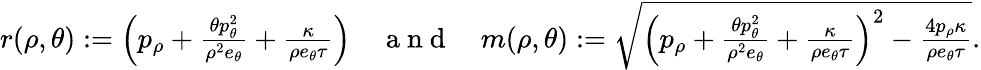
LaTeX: \begin{array}{r}{r(\rho,\theta):=\left(p_{\rho}+\frac{\theta p_{\theta}^{2}}{\rho^{2}e_{\theta}}+\frac{\kappa}{\rho e_{\theta}\tau}\right)\quad\mathrm{~a~n~d~}\quad m(\rho,\theta):=\sqrt{\left(p_{\rho}+\frac{\theta p_{\theta}^{2}}{\rho^{2}e_{\theta}}+\frac{\kappa}{\rho e_{\theta}\tau}\right)^{2}-\frac{4p_{\rho}\kappa}{\rho e_{\theta}\tau}}.}\end{array}